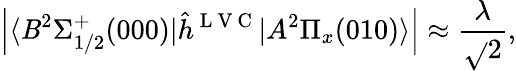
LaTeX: \left|\langle\mathit{B}^{2}\Sigma_{1/2}^{+}(000)|\hat{{h}}^{\mathrm{{~L~V~C~}}}|A^{2}\Pi_{x}(010)\rangle\right|\approx\frac{{\lambda}}{{\sqrt{}{{2}}}},